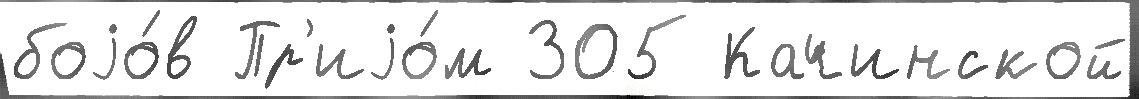
боjо́в Пр'иjо́м 305 Качинской